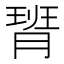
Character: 𪱟